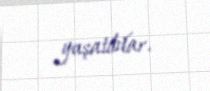
yaşatdılar.